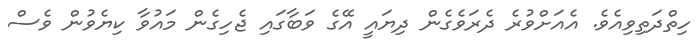
ހިތްދަތިވިއެވެ. އެއަށްވުރެ ދެރަވެގެން ދިޔައީ އޭގެ ވަބާގައި ޖެހިގެން މައުވާ ކިޔެވުން ވެސް